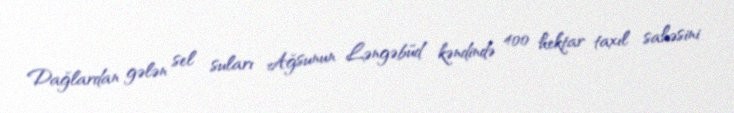
Dağlardan gələn sel suları Ağsunun Ləngəbüd kəndində 400 hektar taxıl sahəsini